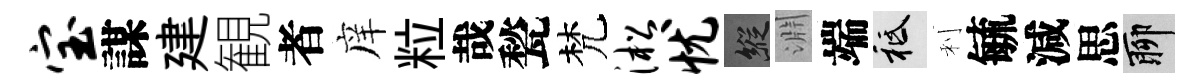
宝謀建観者庠粒哉甃梵淞忧縱淵端祇利毓減思聊